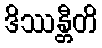
ဒိဿန္တီတိ